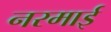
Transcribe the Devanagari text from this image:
नरमाई